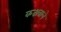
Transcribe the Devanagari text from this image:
कक्षवाले